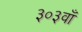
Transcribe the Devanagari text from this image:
३०३वाँ